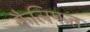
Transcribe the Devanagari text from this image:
कैलिफत